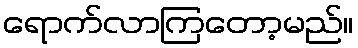
ရောက်လာကြတော့မည်။